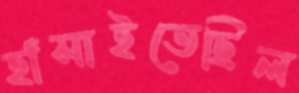
হাঁসাইতেছিল